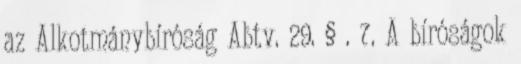
az Alkotmánybíróság Abtv. 29. § . 7. A bíróságok